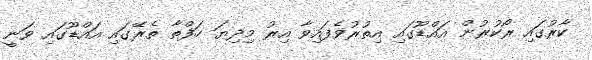
ކާރުގައި ރޯކުރުން އައްޑޫގައި އިތުރުވެފައިވާ އިރު މިދިޔަ ހަފްތާ ތެރޭގައި އައްޑޫގައި ވަނީ